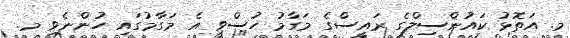
މ. އަތޮޅު ކައުންސިލްގެ ރައީސްގެ މަގާމު ހުސްވީ އެ މަގާމުގައި ހުންނެވި މ.